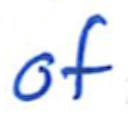
Text: of
Cross-out: clean
Writing tool: ballpoint